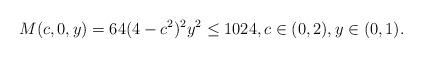
LaTeX: \begin{align*}M(c,0,y)=64(4-c^2)^2y^2\leq1024,c\in(0,2),y\in(0,1).\end{align*}